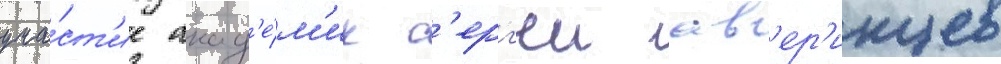
уча́ст'ие акад'е́м'ик с'ерг'еи ав'ер'инцев